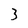
Character: 3